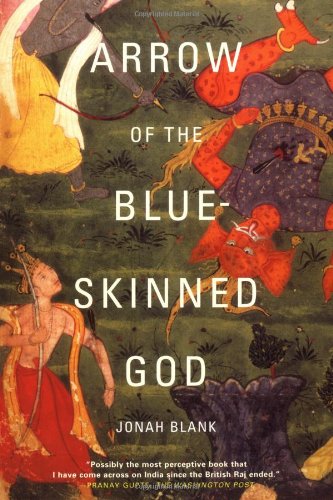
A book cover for Arrow of the Blue-Skinned God: Retracing the Ramayana Through India; Jonah Blank; Travel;